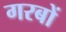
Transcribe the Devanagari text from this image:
गरबों